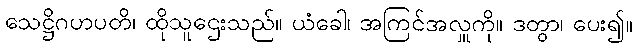
သေဋ္ဌိဂဟပတိ၊ ထိုသူဌေးသည်။ ယံခေါ၊ အကြင်အလှူကို။ ဒတွာ၊ ပေး၍။